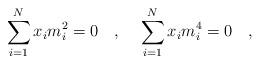
LaTeX: \begin{align*}\sum_{i=1}^N x_i m_i^2=0~~~,~~~\sum_{i=1}^N x_i m_i^4=0~~~,\end{align*}